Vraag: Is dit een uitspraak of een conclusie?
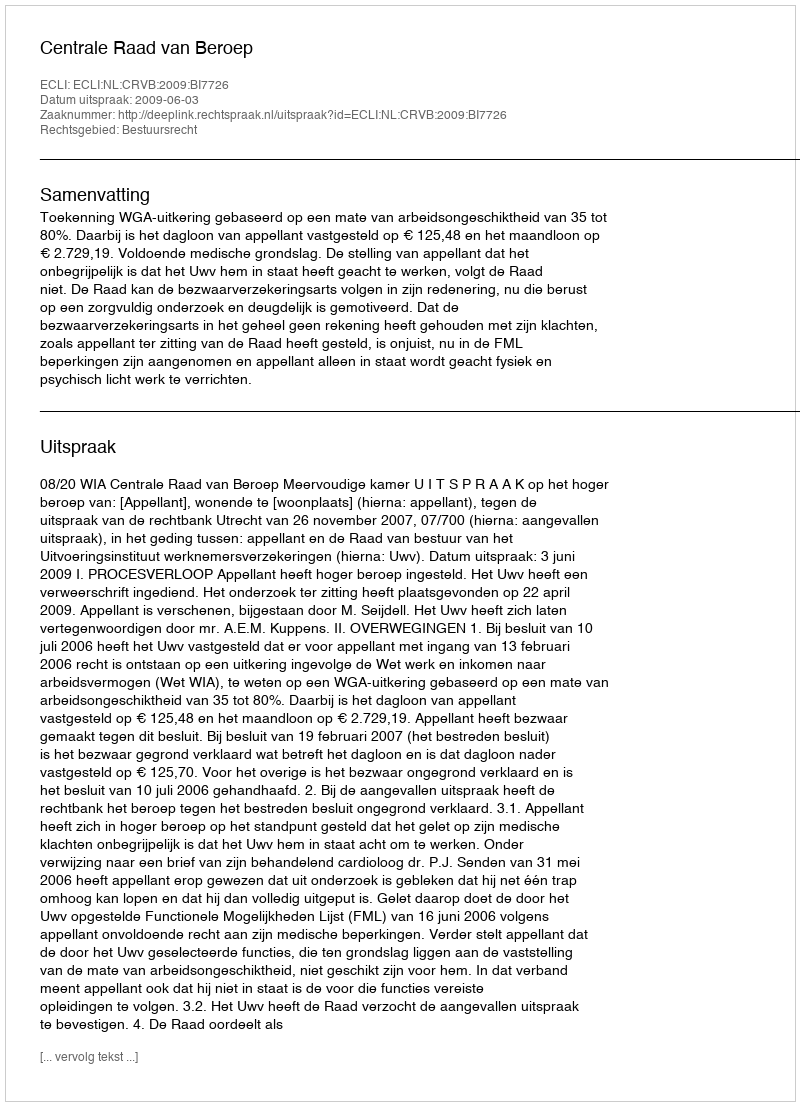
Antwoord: Uitspraak